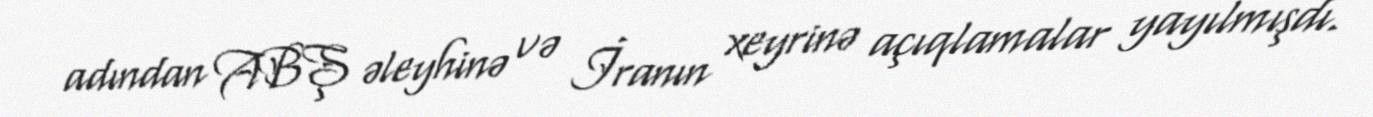
adından ABŞ əleyhinə və İranın xeyrinə açıqlamalar yayılmışdı.